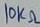
Text: 10KΩ